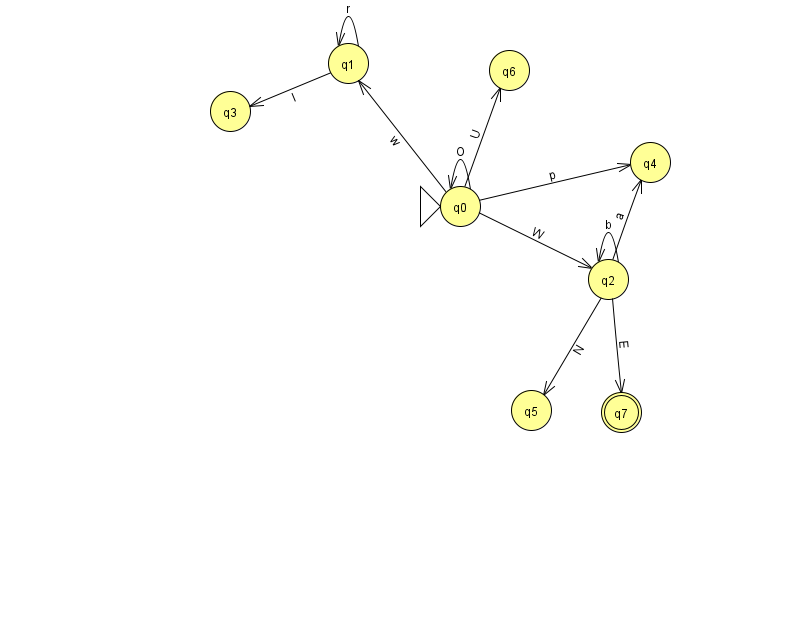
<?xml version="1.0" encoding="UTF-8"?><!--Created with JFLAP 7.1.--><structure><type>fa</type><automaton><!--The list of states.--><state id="0" name="q0"><x>460.0</x><y>193.0</y><initial/></state><state id="1" name="q1"><x>348.0</x><y>50.0</y></state><state id="2" name="q2"><x>608.0</x><y>266.0</y></state><state id="3" name="q3"><x>230.0</x><y>98.0</y></state><state id="4" name="q4"><x>650.0</x><y>149.0</y></state><state id="5" name="q5"><x>531.0</x><y>397.0</y></state><state id="6" name="q6"><x>509.0</x><y>57.0</y></state><state id="7" name="q7"><x>621.0</x><y>399.0</y><final/></state><!--The list of transitions.--><transition><from>1</from><to>1</to><read>r</read></transition><transition><from>2</from><to>2</to><read>b</read></transition><transition><from>0</from><to>1</to><read>w</read></transition><transition><from>0</from><to>4</to><read>p</read></transition><transition><from>2</from><to>5</to><read>N</read></transition><transition><from>2</from><to>4</to><read>a</read></transition><transition><from>2</from><to>7</to><read>E</read></transition><transition><from>0</from><to>2</to><read>W</read></transition><transition><from>0</from><to>6</to><read>U</read></transition><transition><from>0</from><to>0</to><read>O</read></transition><transition><from>1</from><to>3</to><read>I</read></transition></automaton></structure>